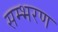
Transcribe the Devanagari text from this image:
सम्भरण